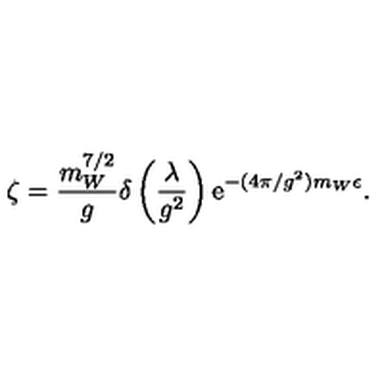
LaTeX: \zeta = \frac { m _ { W } ^ { 7 / 2 } } { g } \delta \left( \frac { \lambda } { g ^ { 2 } } \right) \mathrm { e } ^ { - ( 4 \pi / g ^ { 2 } ) m _ { W } \epsilon } .